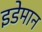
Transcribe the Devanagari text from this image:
इडेमान